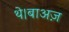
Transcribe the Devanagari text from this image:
थे।बाअज़